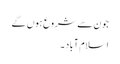
جون سے شروع ہوں گے
اسلام آباد ۔